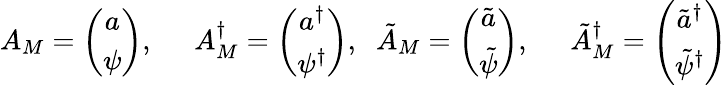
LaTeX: A_{M}=\left(\begin{array}{c}{{a}}\\ {{\psi}}\end{array}\right),\; \; \; \; \; A_{M}^{\dagger}=\left(\begin{array}{c}{{a^{\dagger}}}\\ {{\psi^{\dagger}}}\end{array}\right),\; \; \tilde{A}_{M}=\left(\begin{array}{c}{{\tilde{a}}}\\ {{\tilde{\psi}}}\end{array}\right),\; \; \; \; \; \tilde{A}_{M}^{\dagger}=\left(\begin{array}{c}{{\tilde{a}^{\dagger}}}\\ {{\tilde{\psi}^{\dagger}}}\end{array}\right)